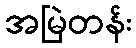
အမြဲတန်း